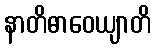
နာတိဓာဝေယျာတိ